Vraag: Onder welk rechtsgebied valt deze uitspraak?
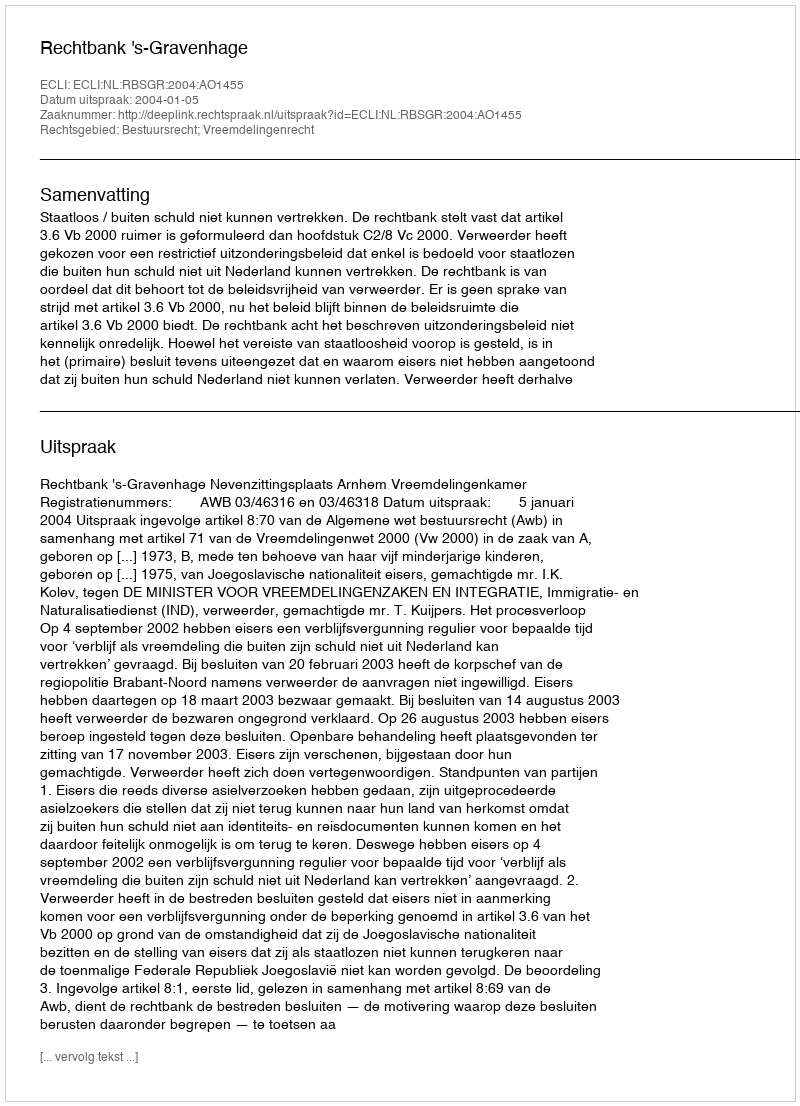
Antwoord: Bestuursrecht; Vreemdelingenrecht